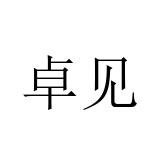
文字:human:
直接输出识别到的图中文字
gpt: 卓见